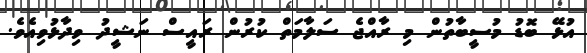
އުޅޭ ބޮޑު މުސީބާތުން މި ރާއްޖެ ސަލާމަތް ކުރުން ރައީސް ނަޝީދު ވިދާޅުވިއެވެ.